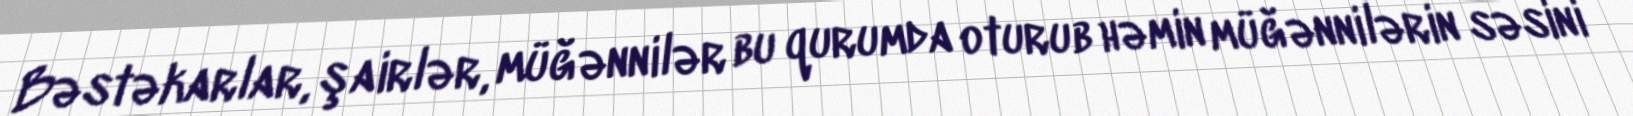
Bəstəkarlar, şairlər, müğənnilər bu qurumda oturub həmin müğənnilərin səsini